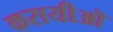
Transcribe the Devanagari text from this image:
करायीऒ